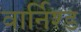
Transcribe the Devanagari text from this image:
वार्निश्ड